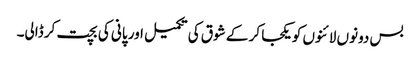
بس دونوں لائنوں کو یکجا کر کے شوق کی تکمیل اور پانی کی بچت کر ڈالی۔